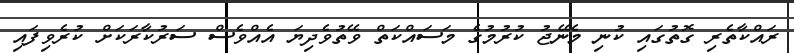
ރައްކާތެރި ގޮތުގައި ކުނި މެނޭޖު ކުރުމުގެ މަސައްކަތް ވޭތުވެދިޔަ އެއްވެސް ސަރުކާރަކަށް ކުރެވިފައި